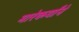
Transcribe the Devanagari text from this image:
मारेकर्यांने